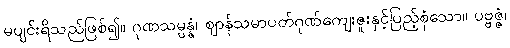
မပျင်းရိသည်ဖြစ်၍။ ဂုဏသမ္ပန္နံ၊ ဈာန်သမာပတ်ဂုဏ်ကျေးဇူးနှင့်ပြည့်စုံသော။ ပဗ္ဗဇ္ဇံ၊